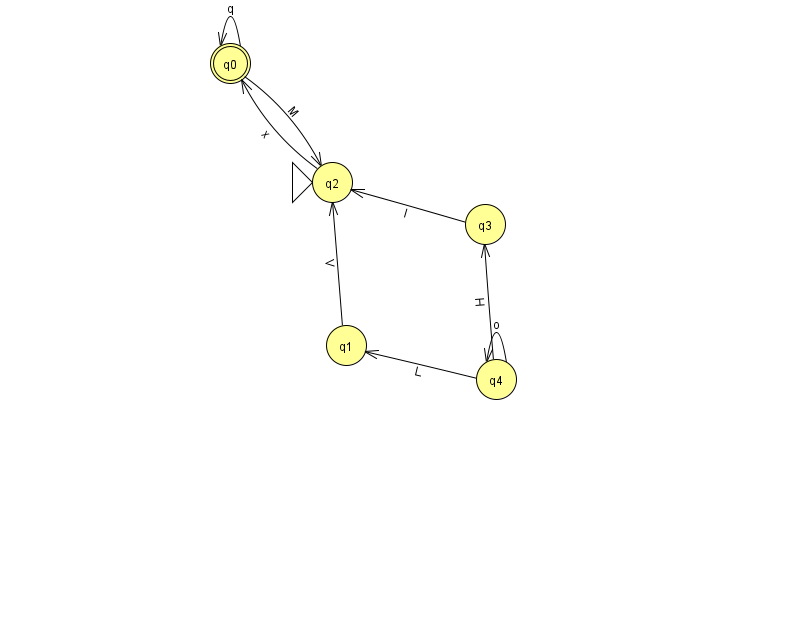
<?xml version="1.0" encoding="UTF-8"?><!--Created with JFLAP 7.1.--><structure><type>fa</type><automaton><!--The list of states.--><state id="0" name="q0"><x>230.0</x><y>50.0</y><final/></state><state id="1" name="q1"><x>346.0</x><y>332.0</y></state><state id="2" name="q2"><x>332.0</x><y>169.0</y><initial/></state><state id="3" name="q3"><x>485.0</x><y>211.0</y></state><state id="4" name="q4"><x>496.0</x><y>366.0</y></state><!--The list of transitions.--><transition><from>0</from><to>0</to><read>q</read></transition><transition><from>1</from><to>2</to><read>V</read></transition><transition><from>4</from><to>1</to><read>L</read></transition><transition><from>2</from><to>0</to><read>x</read></transition><transition><from>4</from><to>3</to><read>H</read></transition><transition><from>0</from><to>2</to><read>M</read></transition><transition><from>3</from><to>2</to><read>l</read></transition><transition><from>4</from><to>4</to><read>o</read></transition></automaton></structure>